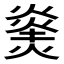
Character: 𪹝